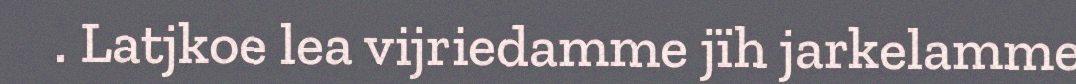
. Latjkoe lea vijriedamme jïh jarkelamme